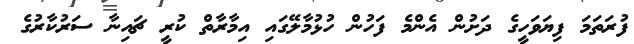
ފުރަތަމަ ފިޔަވަހީގެ ދަށުން އެންމެ ފަހުން ހުޅުމާލޭގައި އިމާރާތް ކުރީ ޗައިނާ ސަރުކާރުގެ